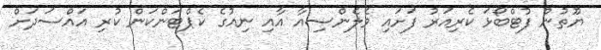
ޔޫތުން ފުޓްބޯޅަ ކެރިއަރު ފަށައި ވެލެންސިއާ އާއި ނިއުގެ ކެޕްޓަންކަން ކުރި އައްސަދަށް